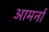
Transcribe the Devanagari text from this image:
आमर्ना